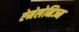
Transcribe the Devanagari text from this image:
ऐमेलेनिज्म